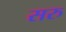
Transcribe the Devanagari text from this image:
सरु